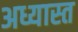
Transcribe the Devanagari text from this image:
अध्यास्त